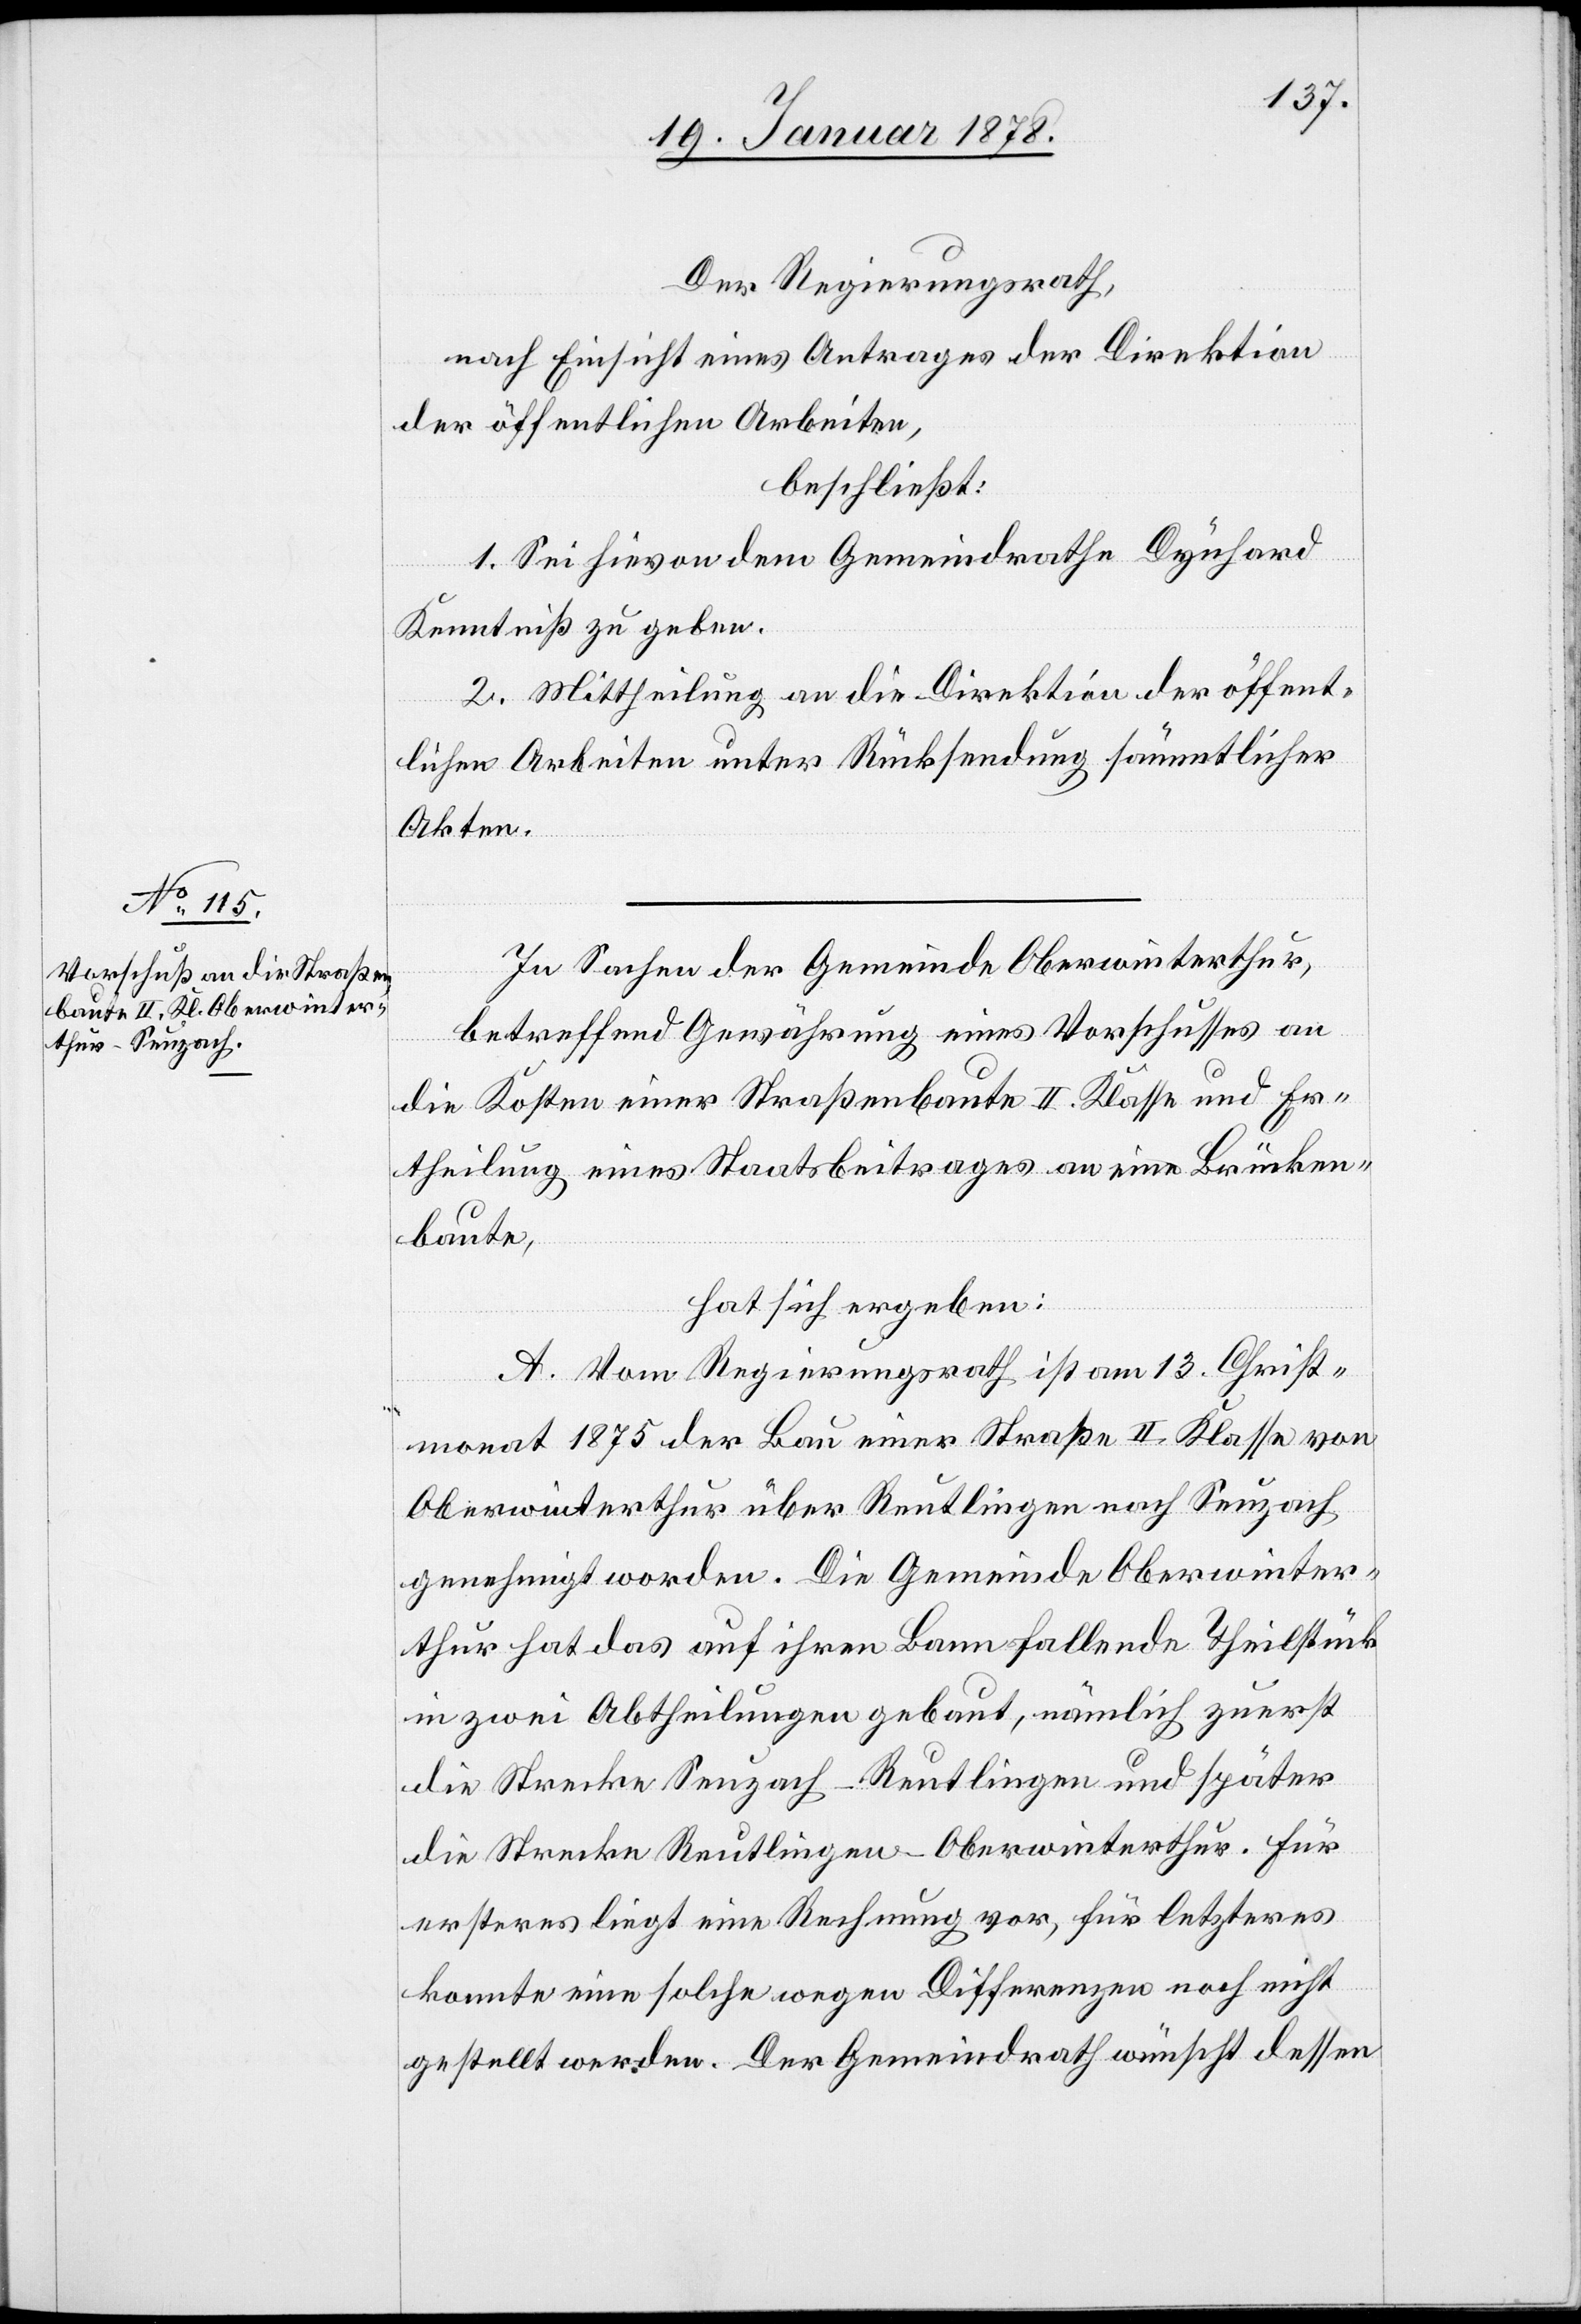
Der Regierungsrath,
nach Einsicht eines Antrages der Direktion
der öffentlichen Arbeiten,
beschließt:
1. Sei hievon dem Gemeindrathe Dynhard
Kenntniß zu geben.
2. Mittheilung an die Direktion der öffent¬
lichen Arbeiten unter Rücksendung sämmtlicher
Akten.
In Sachen der Gemeinde Oberwinterthur,
betreffend Gewährung eines Vorschusses an
die Kosten einer Straßenbaute II. Klasse und Er¬
theilung eines Staatsbeitrages an eine Brücken¬
baute,
hat sich ergeben:
A. Vom Regierungsrath ist am 13. Christ¬
monat 1875 der Bau einer Straße II. Klasse von
Oberwinterthur über Reutlingen nach Seuzach
genehmigt worden. Die Gemeinde Oberwinter¬
thur hat das auf ihren Bann fallende Theilstück
in zwei Abtheilungen gebaut, nämlich zuerst
die Strecke Seuzach–Reutlingen und später
die Strecke Reutlingen–Oberwinterthur. Für
ersteres liegt eine Rechnung vor, für letzteres
konnte eine solche wegen Differenzen nicht
gestellt werden. Der Gemeindrath wünscht dessen